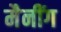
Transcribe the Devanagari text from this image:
मैनींग